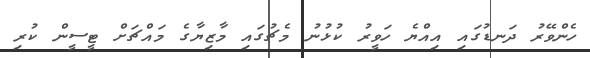
ހެންވޭރު ދަނޑުގައި އިއްޔެ ހަވީރު ކުޅުނު މެޗުގައި މާޒިޔާގެ މައްޗަށް ޓީސީން ކުރި